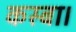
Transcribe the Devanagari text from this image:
कस्बा।